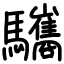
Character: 驨